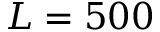
L = 5 0 0